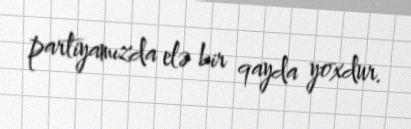
partiyamızda elə bir qayda yoxdur.